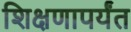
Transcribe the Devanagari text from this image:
शिक्षणापर्यंत